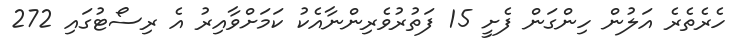
ހެރެތެރެ އަލުން ހިންގަން ފެށީ 15 ފަތުރުވެރިންނާއެކު ކަމަށްވާއިރު އެ ރިސޯޓުގައި 272